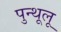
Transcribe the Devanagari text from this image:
पुन्थूलू